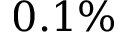
0 . 1 \%